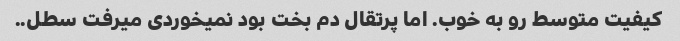
کیفیت متوسط رو به خوب. اما پرتقال دم بخت بود نمیخوردی میرفت سطل..